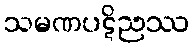
သမဏပဋိညဿ